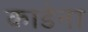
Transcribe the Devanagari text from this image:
काडेना